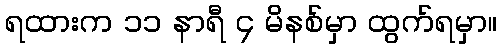
ရထားက ၁၁ နာရီ ၄ မိနစ်မှာ ထွက်ရမှာ။